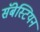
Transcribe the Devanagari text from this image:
सॅबेस्टियन